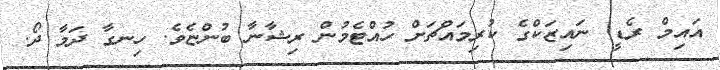
އައިމް ރެޑީ. ނައިޒަކްގެ ކުރިމައްޗަށް ހުއްޓެމުން ރިޝާނާ ބުންޏެވެ. ހިނގާ ދަމާ ދޯ.